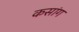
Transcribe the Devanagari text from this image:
कसांग